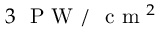
3 ~ \mathrm { ~ P ~ W ~ / ~ } \mathrm { ~ c ~ m ~ } ^ { 2 }